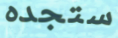
ستجده